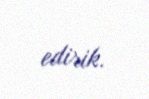
edirik.